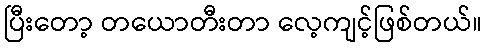
ပြီးတော့ တယောတီးတာ လေ့ကျင့်ဖြစ်တယ်။